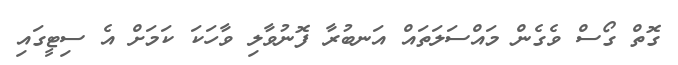
ގޮތް ގޯސް ވެގެން މައްސަލަތައް އަނބުރާ ފޮނުވާލި ވާހަކަ ކަމަށް އެ ސިޓީގައި